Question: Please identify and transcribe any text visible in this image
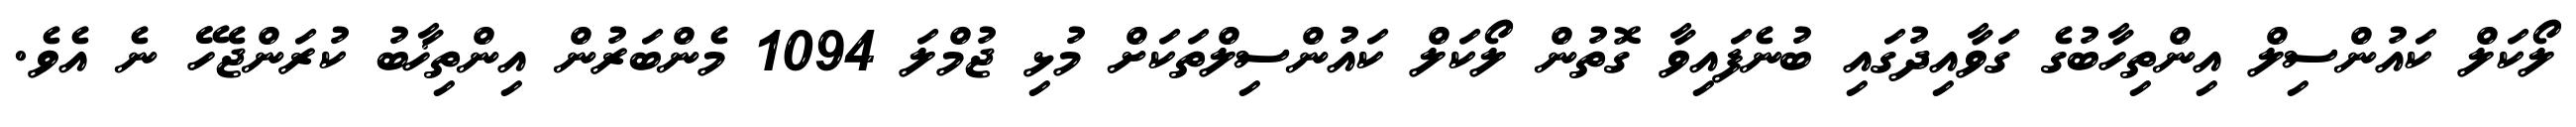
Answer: ލޯކަލް ކައުންސިލް އިންތިހާބުގެ ގަވާއިދުގައި ބުނެފައިވާ ގޮތުން ލޯކަލް ކައުންސިލްތަކަށް މުޅި ޖުމްލަ 1094 މެންބަރުން އިންތިޚާބު ކުރަންޖެހޭ ނެ އެވެ.